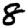
Digit: 8